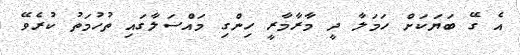
އެ ގޭ ބަޔަކަށް ހަމަލާ ދީ މާރާމާރީ ހިންގި މައްސަލާގައި ތުހުމަތު ކުރެވޭ